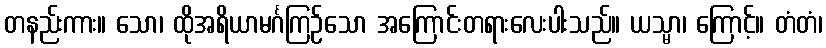
တနည်းကား။ သော၊ ထိုအရိယာမင်္ဂကြဉ်သော အကြောင်းတရားလေးပါးသည်။ ယသ္မာ၊ ကြောင့်။ တံတံ၊